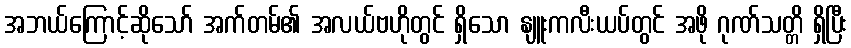
အဘယ်ကြောင့်ဆိုသော် အက်တမ်၏ အလယ်ဗဟိုတွင် ရှိသော နျူးကလီးယပ်တွင် အဖို ဂုဏ်သတ္တိ ရှိပြီး